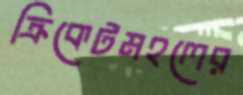
ক্রিকেটমহলের